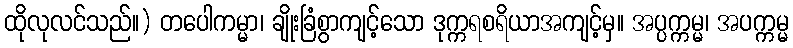
ထိုလုလင်သည်။) တပေါကမ္မာ၊ ချိုးခြံစွာကျင့်သော ဒုက္ကရစရိယာအကျင့်မှ။ အပ္ပက္ကမ္မ၊ အပက္ကမ္မ